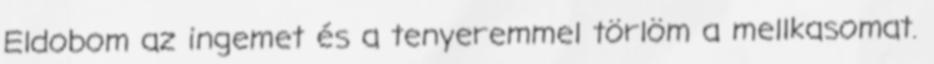
Eldobom az ingemet és a tenyeremmel törlöm a mellkasomat.